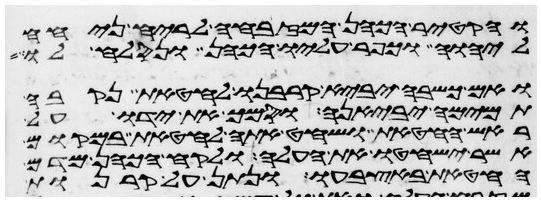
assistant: והקטיר הכהן המזבחה לריח ניחח
ליהוה וכפר עליו הכהן ונסלח לו
ואם כשבה יביא קרבנו לחטאת נקבה
תמימה יביאנה וסמך את ידו על
ראש החטאת ושחט אתה לחטאת במקום
אשר ישחטו את העלה ולקח הכהן מדם
החטאת באצבעו ונתן על קרנות